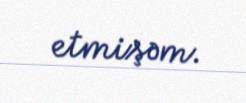
etmişəm.